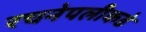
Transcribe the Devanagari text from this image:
रचनेपलीकडे